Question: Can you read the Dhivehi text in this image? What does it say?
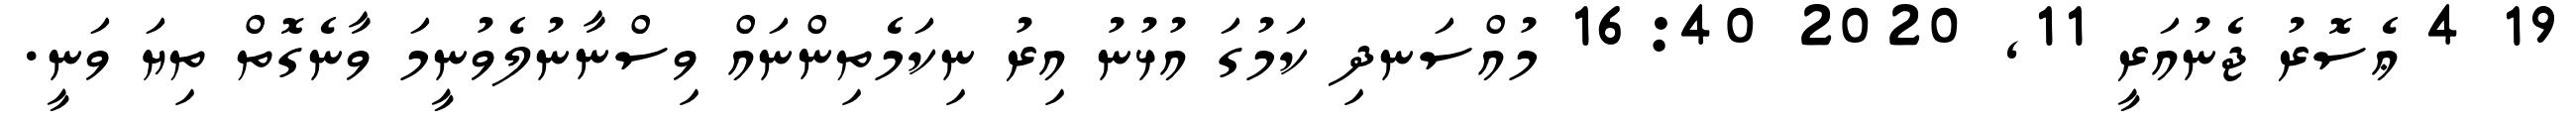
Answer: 19 4 ޢެސޮރު ޖެނުއަރީ 11, 2020 16:40 މުއްސަނދި ކަމުގަ އުޅުނު އިރު ނިކަމެތިންނައް ވިސްނާނުލެވުނީމަ ވާނެގޮތް ތިޔަ ވަނީ.